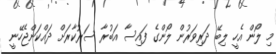
މި ލޯން އެހީ ލިބޭ ދަރިވަރުން ލޯންގެ ފައިސާ އަބުރާ ސަރުކާރަށް ދައްކަންޖެހޭނީ